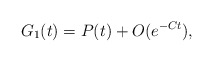
\begin{align*}G_1(t)=P(t)+O(e^{-Ct}),\end{align*}